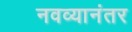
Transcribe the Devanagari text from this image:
नवव्यानंतर